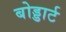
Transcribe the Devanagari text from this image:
बोड्डार्ट